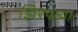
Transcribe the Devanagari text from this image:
झिरपत्या